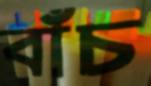
বাঁচ